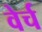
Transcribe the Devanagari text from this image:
वेर्च